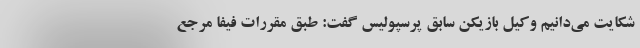
شکایت‌ می‌دانیم وکیل بازیکن سابق پرسپولیس گفت: طبق مقررات فیفا مرجع